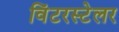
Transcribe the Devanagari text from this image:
विंटरस्टेलर